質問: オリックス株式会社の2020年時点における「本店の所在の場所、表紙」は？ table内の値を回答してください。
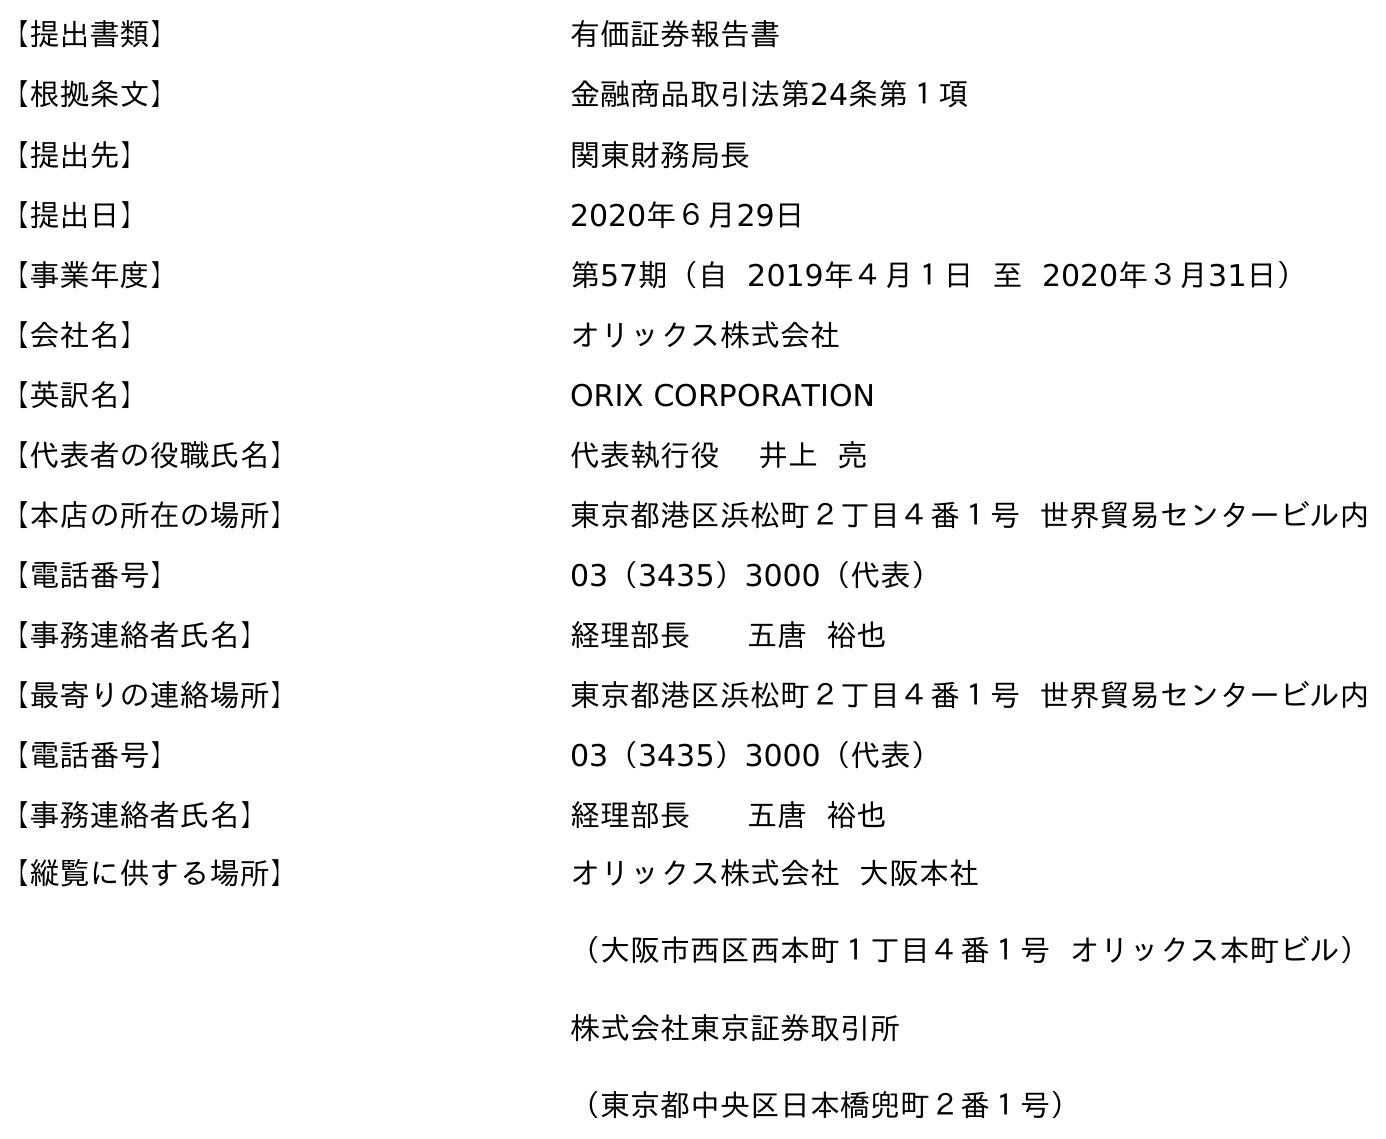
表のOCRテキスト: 【提出書類】 有価証券報告書 【根拠条文】 金融商品取引法第24条第１項 【提出先】 関東財務局長 【提出日】 2020年６月29日 【事業年度】 第57期（自 2019年４月１日 至 2020年３月31日） 【会社名】 オリックス株式会社 【英訳名】 ORIX CORPORATION 【代表者の役職氏名】 代表執行役 井上 亮 【本店の所在の場所】 東京都港区浜松町２丁目４番１号 世界貿易センタービル内 【電話番号】 03（3435）3000（代表） 【事務連絡者氏名】 経理部長 五唐 裕也 【最寄りの連絡場所】 東京都港区浜松町２丁目４番１号 世界貿易センタービル内 【電話番号】 03（3435）3000（代表） 【事務連絡者氏名】 経理部長 五唐 裕也 【縦覧に供する場所】 オリックス株式会社 大阪本社 （大阪市西区西本町１丁目４番１号 オリックス本町ビル） 株式会社東京証券取引所 （東京都中央区日本橋兜町２番１号）
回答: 東京都港区浜松町２丁目４番１号世界貿易センタービル内